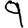
Digit: 9